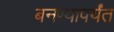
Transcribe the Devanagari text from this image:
बनण्यापर्यंत